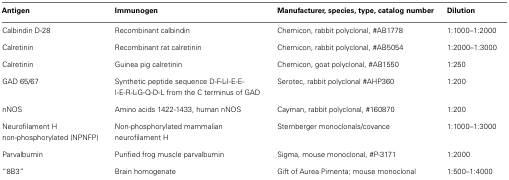
| Antigen | Immunogen | Manufacturer, species, type, catalog number | Dilution |
 | --- | --- | --- | --- |
 | Calbindin D-28 | Recombinant calbindin | Chemicon, rabbit polyclonal, #AB1778 | 1:1000–1:2000 |
 | Calretinin | Recombinant rat calretinin | Chemicon, rabbit polyclonal, #AB5054 | 1:2000–1:3000 |
 | Calretinin | Guinea pig calretinin | Chemicon, goat polyclonal, #AB1550 | 1:250 |
 | GAD 65/67 | Synthetic peptide sequence D-F-L-I-E-E-I-E-R-L-G-Q-D-L from the C terminus of GAD | Serotec, rabbit polyclonal #AHP360 | 1:200 |
 | nNOS | Amino acids 1422-1433, human nNOS | Cayman, rabbit polyclonal, #160870 | 1:200 |
 | Neurofilament H non-phosphorylated (NPNFP) | Non-phosphorylated mammalian neurofilament H | Sternberger monoclonals/covance | 1:1000–1:3000 |
 | Parvalbumin | Purified frog muscle parvalbumin | Sigma, mouse monoclonal, #P-3171 | 1:2000 |
 | “8B3” | Brain homogenate | Gift of Aurea Pimenta; mouse monoclonal | 1:500–1:4000 |